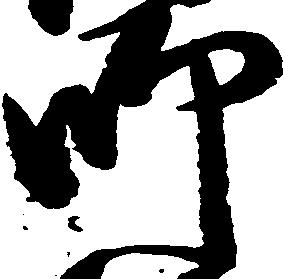
師